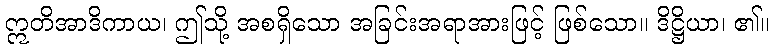
ဣတိအာဒိကာယ၊ ဤသို့ အစရှိသော အခြင်းအရာအားဖြင့် ဖြစ်သော။ ဒိဋ္ဌိယာ၊ ၏။